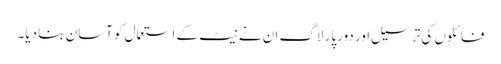
فائلوں کی ترسیل اور دورپار لاگ ان نے نیٹ کے استعمال کو آسان بنا دیا۔